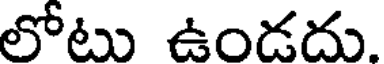
లోటు ఉండదు.